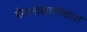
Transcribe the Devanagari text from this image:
मैदानाखालोखाल